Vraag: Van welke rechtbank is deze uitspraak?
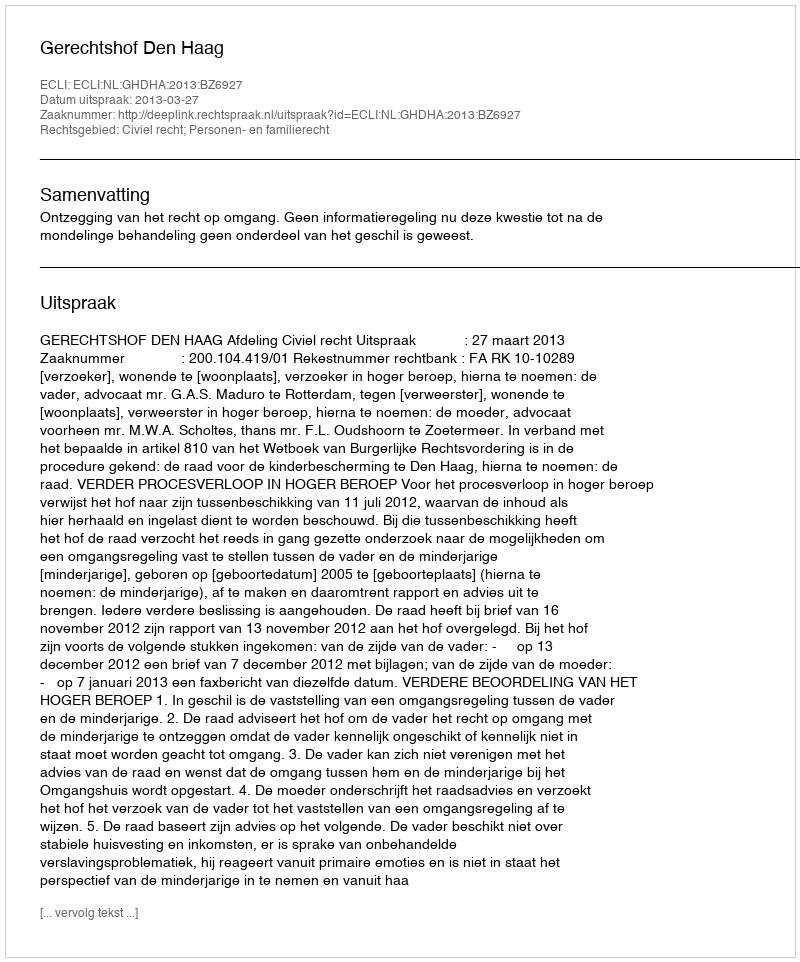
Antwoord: Gerechtshof Den Haag